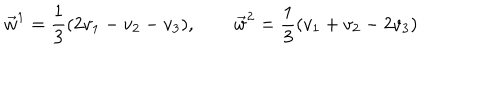
\vec { w } ^ { 1 } = \frac { 1 } { 3 } ( 2 v _ { 1 } - v _ { 2 } - v _ { 3 } ) , \qquad \vec { w } ^ { 2 } = \frac { 1 } { 3 } ( v _ { 1 } + v _ { 2 } - 2 v _ { 3 } )